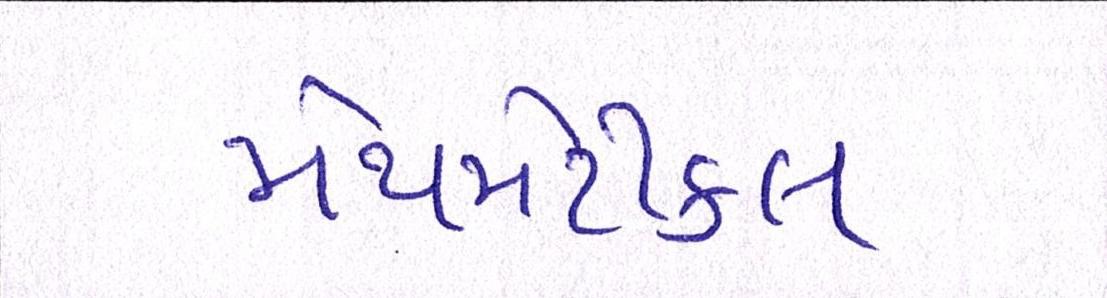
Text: મેથમેટીકલ